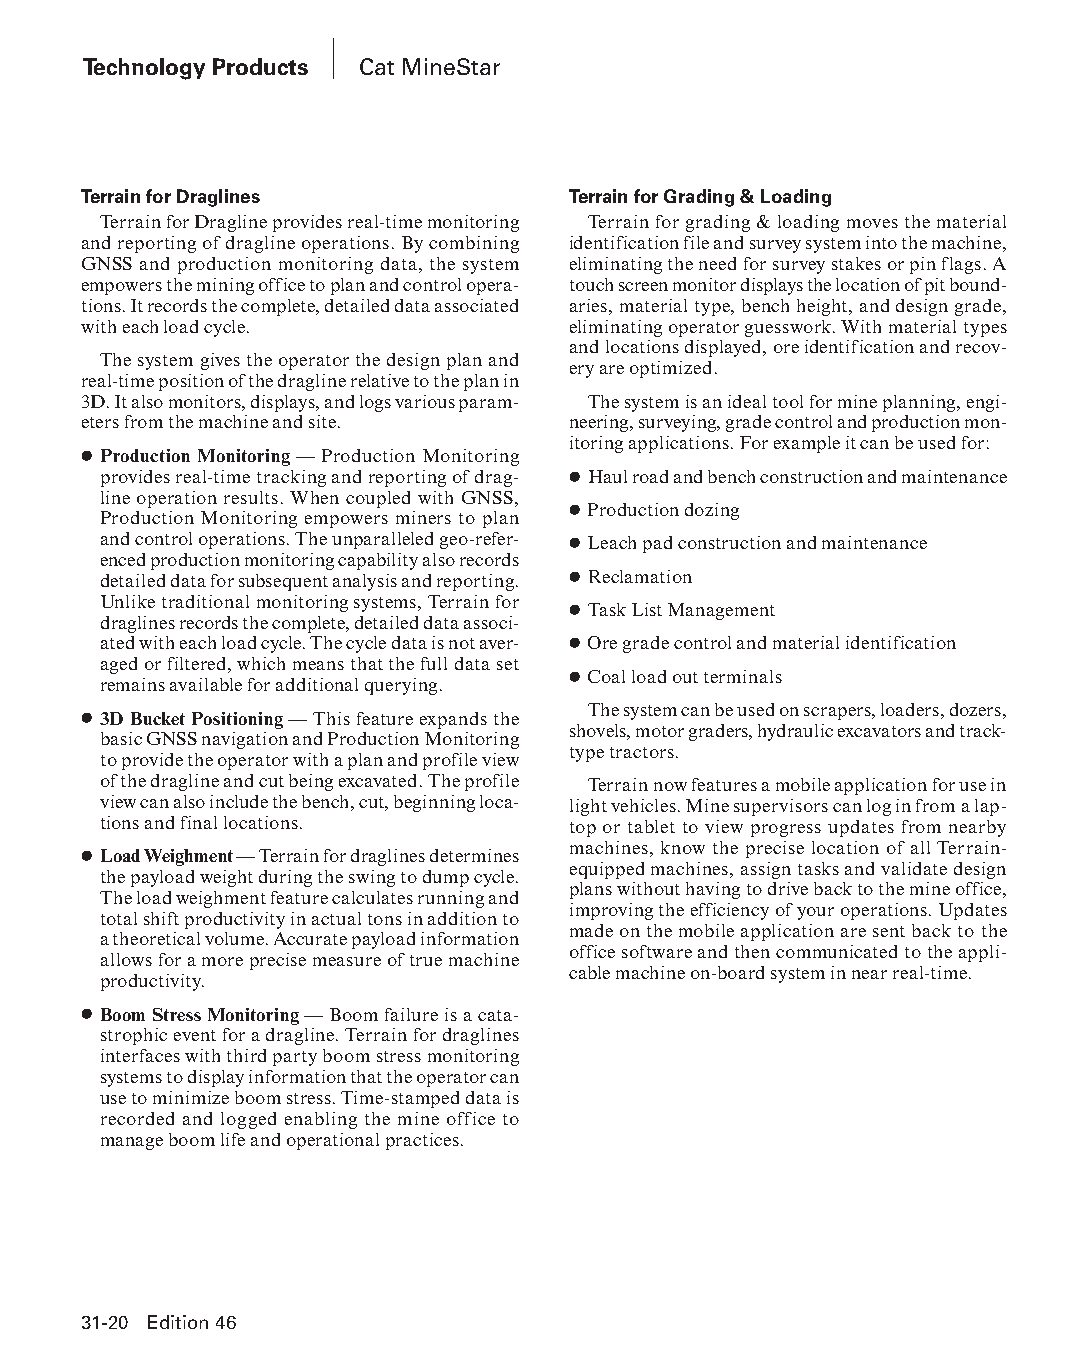
Technology Products Cat MineStar
 Terrain for Draglines           Terrain for Grading & Loading
 Terrain for Dragline provides real-time monitoring Terrain for grading & loading moves the material
 and reporting of dragline operations. By combining identification file and survey system into the machine,
 GNSS and production monitoring data, the system eliminating the need for survey stakes or pin flags. A
 empowers the mining office to plan and control opera- touch screen monitor displays the location of pit bound-
 tions. It records the complete, detailed data associated aries, material type, bench height, and design grade,
 with each load cycle.           eliminating operator guesswork. With material types
 and locations displayed, ore identification and recov-
 The system gives the operator the design plan and
 ery are optimized.
 real-time position of the dragline relative to the plan in
 3D. It also monitors, displays, and logs various param- The system is an ideal tool for mine planning, engi-
 eters from the machine and site. neering, surveying, grade control and production mon-
 itoring applications. For example it can be used for:
 ● Production Monitoring — Production Monitoring
 provides real-time tracking and reporting of drag- ● Haul road and bench construction and maintenance
 line operation results. When coupled with GNSS,
 ● Production dozing
 Production Monitoring empowers miners to plan
 and control operations. The unparalleled geo-refer- ● Leach pad construction and maintenance
 enced production monitoring capability also records
 detailed data for subsequent analysis and reporting. ● Reclamation
 Unlike traditional monitoring systems, Terrain for
 ● Task List Management
 draglines records the complete, detailed data associ-
 ated with each load cycle. The cycle data is not aver- ● Ore grade control and material identification
 aged or filtered, which means that the full data set
 ● Coal load out terminals
 remains available for additional querying.
 The system can be used on scrapers, loaders, dozers,
 ● 3D Bucket Positioning — This feature expands the
 shovels, motor graders, hydraulic excavators and track-
 basic GNSS navigation and Production Monitoring
 type tractors.
 to provide the operator with a plan and profile view
 of the dragline and cut being excavated. The profile Terrain now features a mobile application for use in
 view can also include the bench, cut, beginning loca- light vehicles. Mine supervisors can log in from a lap-
 tions and final locations.     top or tablet to view progress updates from nearby
 machines, know the precise location of all Terrain-
 ● Load Weighment — Terrain for draglines determines
 equipped machines, assign tasks and validate design
 the payload weight during the swing to dump cycle.
 plans without having to drive back to the mine office,
 The load weighment feature calculates running and
 improving the efficiency of your operations. Updates
 total shift productivity in actual tons in addition to
 made on the mobile application are sent back to the
 a theoretical volume. Accurate payload information
 office software and then communicated to the appli-
 allows for a more precise measure of true machine
 cable machine on-board system in near real-time.
 productivity.
 ● Boom Stress Monitoring — Boom failure is a cata-
 strophic event for a dragline. Terrain for draglines
 interfaces with third party boom stress monitoring
 systems to display information that the operator can
 use to minimize boom stress. Time-stamped data is
 recorded and logged enabling the mine office to
 manage boom life and operational practices.
 31-20 Edition 46
 PPHHBB--SSeecc3311--1166..iinndddd 2200                        1122//44//1155 1111::2233 AAMM